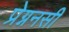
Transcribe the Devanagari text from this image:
प्रेग्ननसी